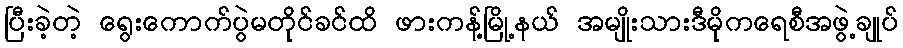
ပြီးခဲ့တဲ့ ရွေးကောက်ပွဲမတိုင်ခင်ထိ ဖားကန့်မြို့နယ် အမျိုးသားဒီမိုကရေစီအဖွဲ့ချုပ်